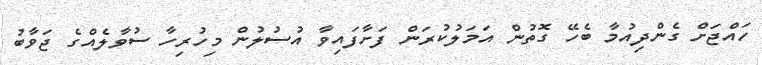
ހައްޖަށް ގެންދިއުމާ ބެހޭ ގޮތުން އަމަލުކުރަން ފަށާފައިވާ އުސުލުން މިހުރިހާ ސުވާލެއްގެ ޖަވާބު